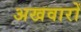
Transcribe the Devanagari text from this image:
अखवारों